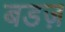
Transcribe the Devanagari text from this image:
बडज़